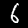
Digit: 6